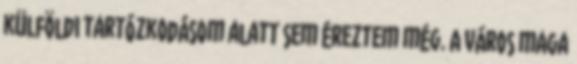
külföldi tartózkodásom alatt sem éreztem még. A város maga